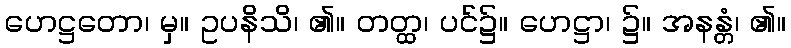
ဟေဋ္ဌတော၊ မှ။ ဥပနိသိ၊ ၏။ တတ္ထ၊ ပင်၌။ ဟေဋ္ဌာ၊ ၌။ အနန္တံ၊ ၏။